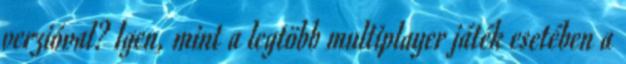
verzióval? Igen, mint a legtöbb multiplayer játék esetében a